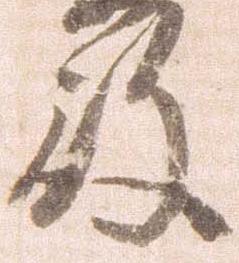
殿